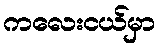
ကလေးငယ်မှာ